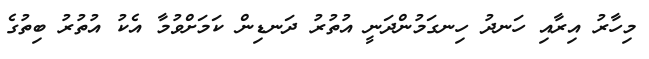
މިހާރު އިރާއި ހަނދު ހިނގަމުންދަނީ އުތުރު ދަނޑިން ކަމަށްވުމާ އެކު އުތުރު ބިތުގެ